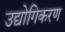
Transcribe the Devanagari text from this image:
उद्योगिकरण